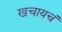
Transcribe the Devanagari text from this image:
खचायचं